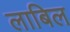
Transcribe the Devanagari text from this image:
लाबिल